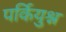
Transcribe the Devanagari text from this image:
पर्कियुश्न